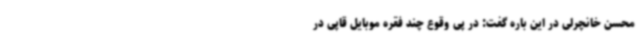
محسن خانچرلی در این باره گفت: در پی وقوع چند فقره موبایل قاپی در